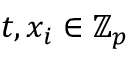
t , x _ { i } \in \mathbb { Z } _ { p }